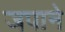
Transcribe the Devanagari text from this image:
जपाने